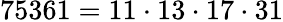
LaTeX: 75361=11\cdot 13\cdot 17\cdot 31